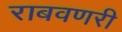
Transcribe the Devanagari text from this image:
राबवणरी